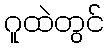
ဂူထဲတွင်